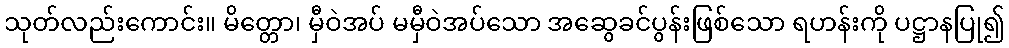
သုတ်လည်းကောင်း။ မိတ္တော၊ မှီဝဲအပ် မမှီဝဲအပ်သော အဆွေခင်ပွန်းဖြစ်သော ရဟန်းကို ပဋ္ဌာနပြု၍